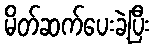
မိတ်ဆက်ပေးခဲ့ပြီး